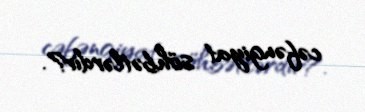
cəfəngiyat söhbətlərdir?.